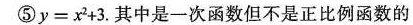
⑤$$y = x ^ { 2 } + 3$$.其中是一次函数但不是正比例函数的